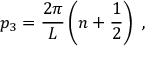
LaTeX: p _ { 3 } = \frac { 2 \pi } { L } \left( n + \frac { 1 } { 2 } \right) \ ,